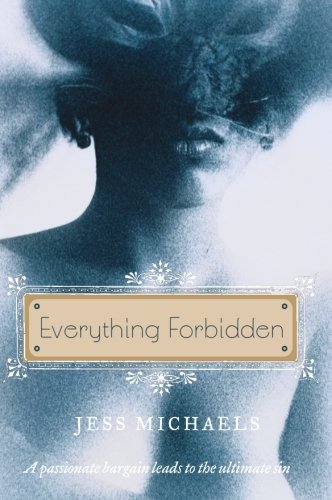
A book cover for Everything Forbidden (Albright Sisters Series); Jess Michaels; Romance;